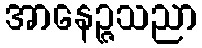
အာနေဉ္ဇသညာ